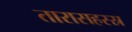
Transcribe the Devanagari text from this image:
तारासहस्स्र